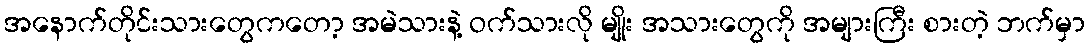
အနောက်တိုင်းသားတွေကတော့ အမဲသားနဲ့ ဝက်သားလို မျိုး အသားတွေကို အများကြီး စားတဲ့ ဘက်မှာ